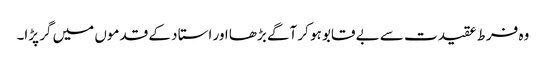
وہ فرط عقیدت سے بے قابو ہو کر آگے بڑھا اور استا د کے قدموں میں گر پڑا۔